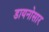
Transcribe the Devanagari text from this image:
डायनोसार